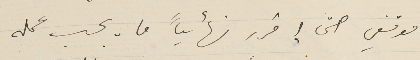
موقفي حتى إقرر نهائياً ما يجب عمله